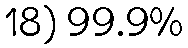
18) 99.9%